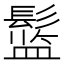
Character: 𱆅